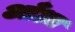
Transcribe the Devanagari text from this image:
आँध्रा